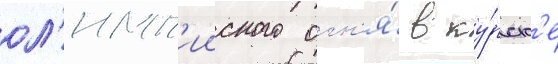
ол'имп'ииского огн'я́ в ку́рск'е